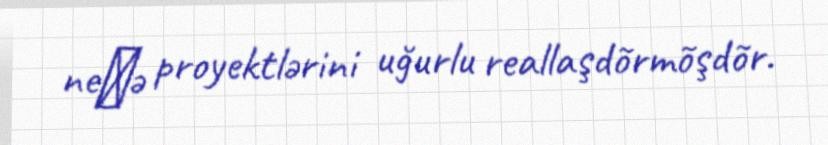
neə proyektlərini uğurlu reallaşdõrmõşdõr.